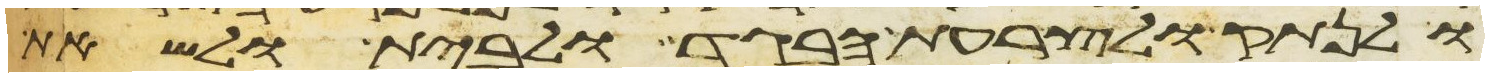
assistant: ולנתק ולצרעת הבגד ולבית ולשאת